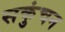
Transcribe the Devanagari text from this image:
सकुंचन